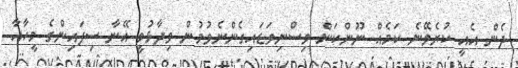
ދެން އެއީ ކުރެވޭނެ ކަމެއް ނޫންކަން ވިސްނިވަޑައިގެންނެވުމުން ވިދާޅުވީ އޭނާ ސިފައިންގެ މީހާއާ